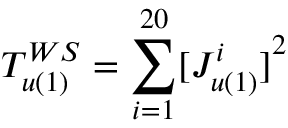
T _ { u ( 1 ) } ^ { W S } = { \sum _ { i = 1 } ^ { 2 0 } } { [ J _ { u ( 1 ) } ^ { i } ] } ^ { 2 }